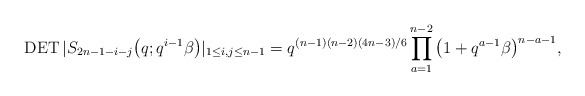
\begin{gather*}\operatorname{DET} |S_{2n-1-i-j}\big(q; q^{i-1} \beta\big) |_{1 \le i,j \le n-1}=q^{(n-1)(n-2)(4n-3)/6} \prod_{a=1}^{n-2}\big(1+q^{a-1} \beta\big)^{n-a-1},\end{gather*}